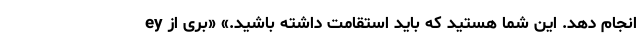
انجام دهد. این شما هستید که باید استقامت داشته باشید.» «بری از ey